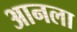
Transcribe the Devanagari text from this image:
आनला